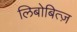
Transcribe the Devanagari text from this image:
लिबोबित्ज़